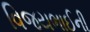
વિજયભાઈની